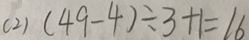
( 2 ) ( 4 9 - 4 ) \div 3 + 1 = 1 6